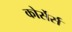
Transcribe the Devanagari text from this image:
कोर्सेर्स